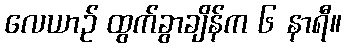
လေယာဉ် ထွက်ခွာချိန်က ၆ နာရီ။